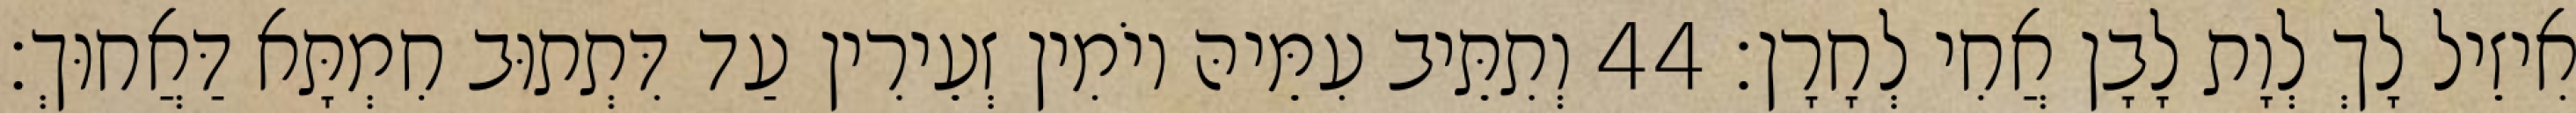
אִיזֵיל לָךְ לְוָת לָבָן אֲחִי לְחָרָן׃ 44 וְתִתֵּיב עִמֵּיהּ יוֹמִין זְעֵירִין עַד דִּתְתוּב חִמְתָּא דַּאֲחוּךְ׃